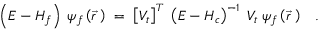
\left( E - H _ { f } \right) \; \psi _ { f } \left( \vec { r } \; \right) \; = \; \left[ V _ { t } \right] ^ { T } \; \left( E - H _ { c } \right) ^ { - 1 } \; V _ { t } \; \psi _ { f } \left( \vec { r } \; \right) \; \; \; .